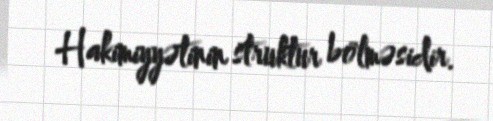
Hakimiyyətinin struktur bölməsidir.